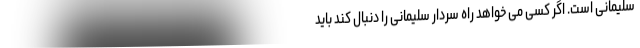
سلیمانی است. اگر کسی می خواهد راه سردار سلیمانی را دنبال کند باید